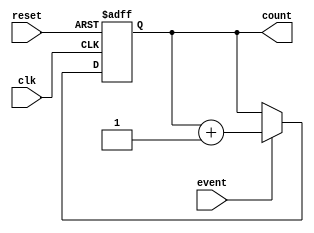
module counter (
    input wire clk,
    input wire reset,
    input wire event,
    output reg [7:0] count // 8-bit counter
);
    always @(posedge clk or posedge reset) begin
        if (reset) begin
            count <= 8'b0; // Reset count to zero
        end else if (event) begin
            count <= count + 1; // Increment count on event
        end
    end
endmodule